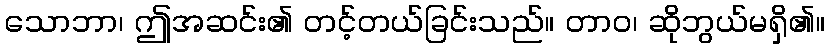
သောဘာ၊ ဤအဆင်း၏ တင့်တယ်ခြင်းသည်။ တာဝ၊ ဆိုဘွယ်မရှိ၏။